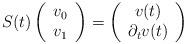
LaTeX: \begin{align*} S(t) \left(\begin{array}{c} v_0\\ v_1\end{array}\right) = \left(\begin{array}{c} v(t)\\ \partial_t v(t)\end{array}\right) \end{align*}